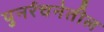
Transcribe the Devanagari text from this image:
पुनर्रचनेतील